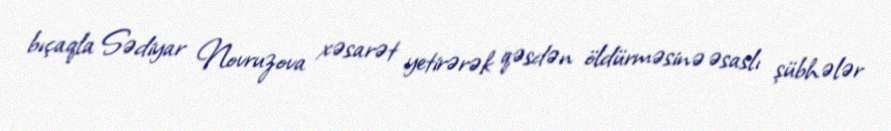
bıçaqla Sədiyar Novruzova xəsarət yetirərək qəsdən öldürməsinə əsaslı şübhələr